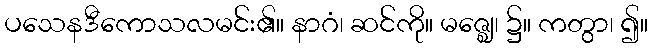
ပသေနဒီကောသလမင်း၏။ နာဂံ၊ ဆင်ကို။ မဇ္ဈေ၊ ၌။ ကတွာ၊ ၍။